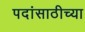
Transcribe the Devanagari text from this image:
पदांसाठीच्या